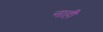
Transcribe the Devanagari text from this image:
नाहीे